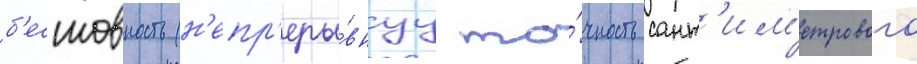
б'есшовность (н'епр'еры́внуу то́чность сант'им'етрового